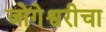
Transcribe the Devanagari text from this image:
जोगेश्वरीचा